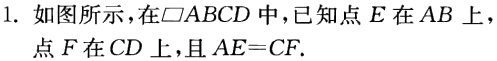
1. 如图所示，在$\square ABCD$中，已知点$E$在$AB$上，点$F$在$CD$上，且$AE = CF$.